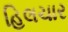
હિલચાર